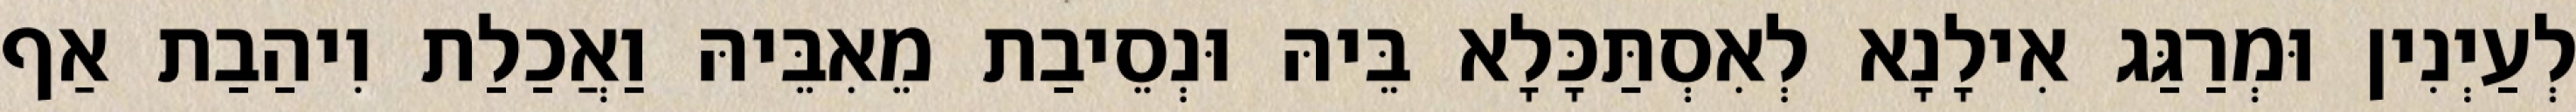
לְעַיְנִין וּמְרַגַּג אִילָנָא לְאִסְתַּכָּלָא בֵּיהּ וּנְסֵיבַת מֵאִבֵּיהּ וַאֲכַלַת וִיהַבַת אַף